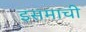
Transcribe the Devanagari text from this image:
इसमाची